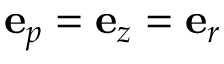
\mathbf { e } _ { p } = \mathbf { e } _ { z } = \mathbf { e } _ { r }